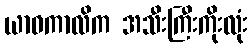
ယာဝကာလိက အသီးကြီးကိုးလုံး